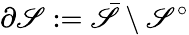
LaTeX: \partial\mathscr{S}:={\bar{{\mathscr{S}}}}\setminus\mathscr{S}^{\circ}